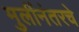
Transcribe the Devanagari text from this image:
मुलींनंतरचे